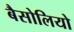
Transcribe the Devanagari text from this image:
बैसोलियो